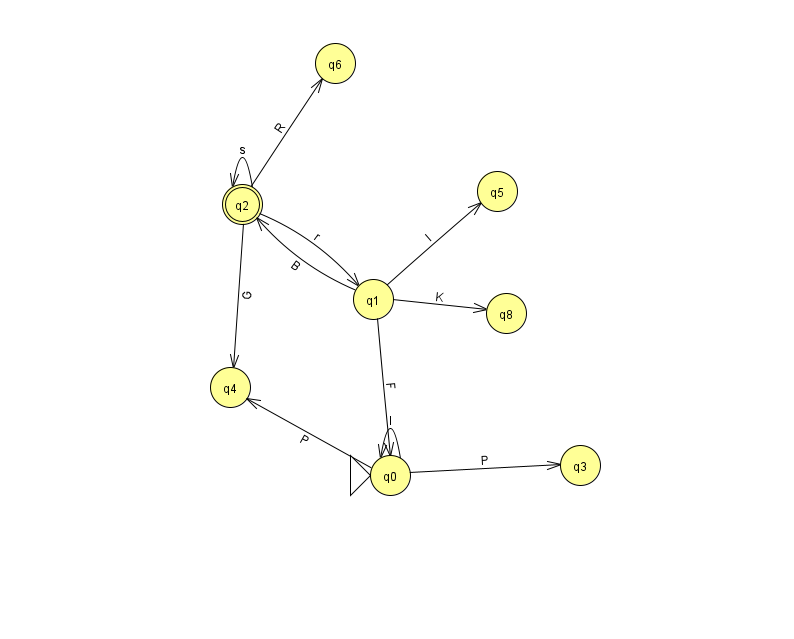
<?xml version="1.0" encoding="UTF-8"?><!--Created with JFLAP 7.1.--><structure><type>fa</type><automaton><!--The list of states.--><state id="0" name="q0"><x>390.0</x><y>462.0</y><initial/></state><state id="1" name="q1"><x>373.0</x><y>286.0</y></state><state id="2" name="q2"><x>242.0</x><y>191.0</y><final/></state><state id="3" name="q3"><x>580.0</x><y>452.0</y></state><state id="4" name="q4"><x>230.0</x><y>374.0</y></state><state id="5" name="q5"><x>497.0</x><y>178.0</y></state><state id="6" name="q6"><x>335.0</x><y>50.0</y></state><state id="8" name="q8"><x>506.0</x><y>300.0</y></state><!--The list of transitions.--><transition><from>0</from><to>3</to><read>P</read></transition><transition><from>1</from><to>0</to><read>F</read></transition><transition><from>0</from><to>4</to><read>P</read></transition><transition><from>2</from><to>2</to><read>s</read></transition><transition><from>1</from><to>5</to><read>l</read></transition><transition><from>1</from><to>8</to><read>K</read></transition><transition><from>2</from><to>6</to><read>R</read></transition><transition><from>0</from><to>0</to><read>l</read></transition><transition><from>1</from><to>2</to><read>B</read></transition><transition><from>2</from><to>1</to><read>r</read></transition><transition><from>2</from><to>4</to><read>G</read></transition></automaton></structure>